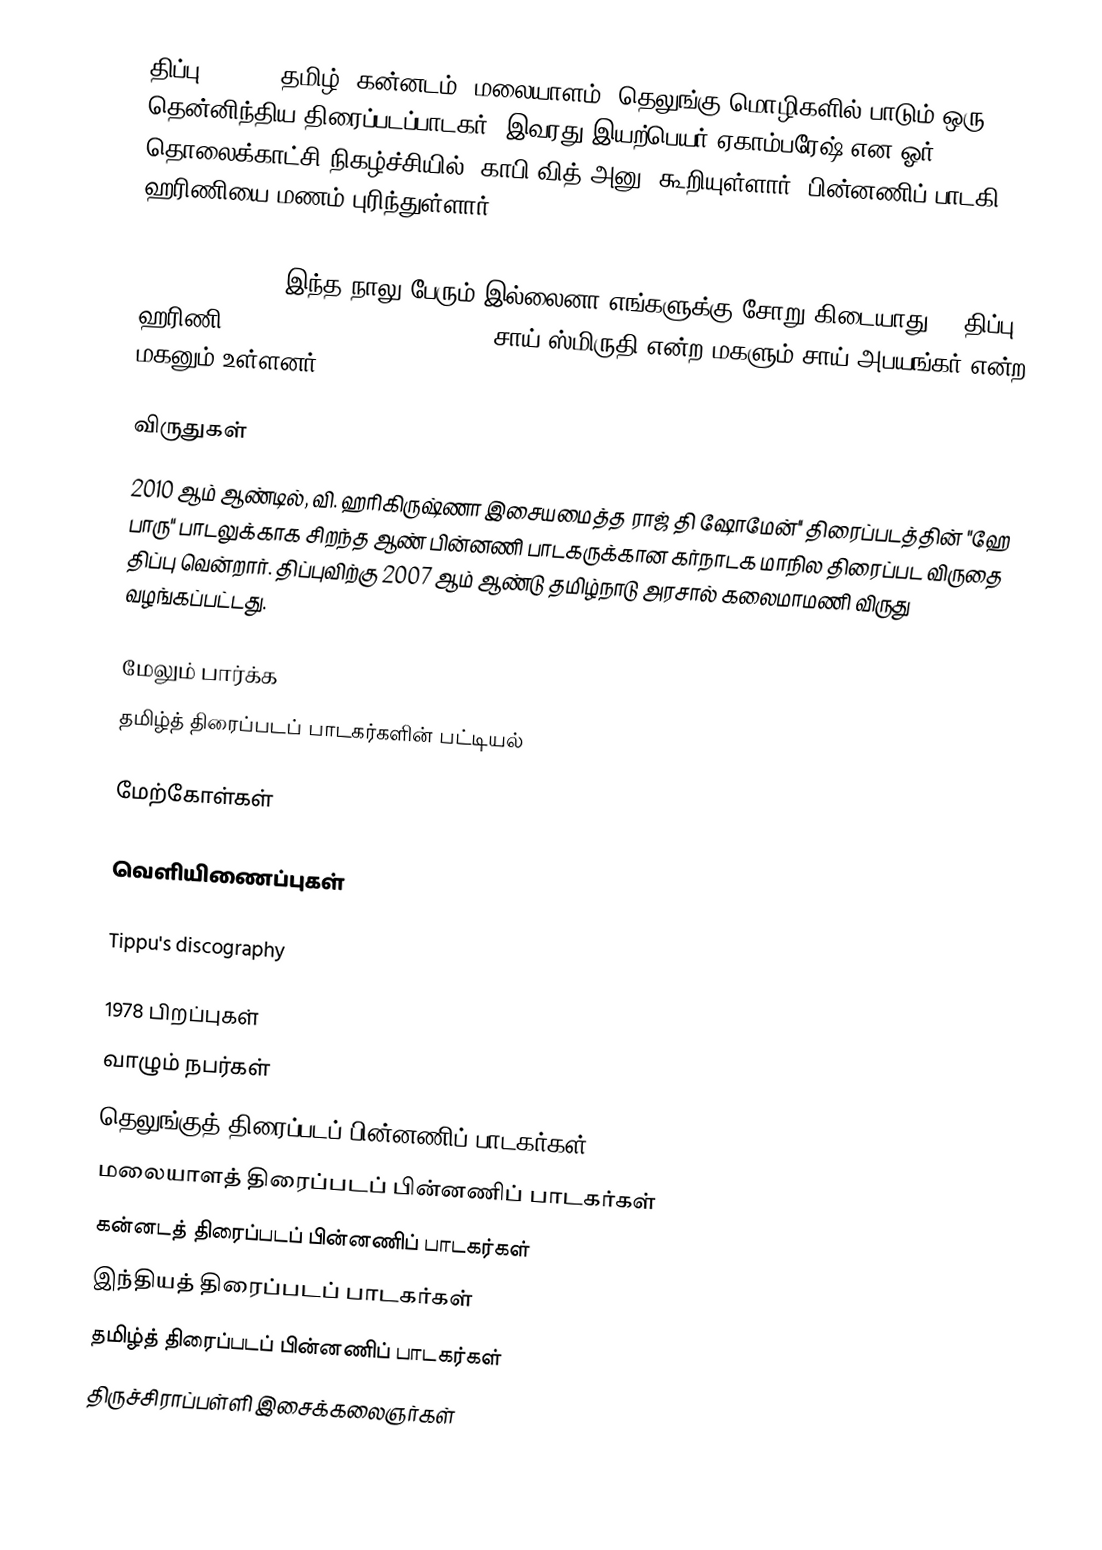
திப்பு (Tippu) தமிழ், கன்னடம், மலையாளம், தெலுங்கு மொழிகளில் பாடும் ஒரு தென்னிந்திய திரைப்படப்பாடகர். இவரது இயற்பெயர் ஏகாம்பரேஷ் என ஓர் தொலைக்காட்சி நிகழ்ச்சியில் (காபி வித் அனு) கூறியுள்ளார். பின்னணிப் பாடகி ஹரிணியை மணம் புரிந்துள்ளார்.<ref>{{cite web|url=https://cinema.vikatan.com/music/singers-tippu-and-harini-couple-exclusive-interview|work=Cinema Vikatan|access-date=2 July 2024|archive-url=https://web.archive.org/web/20230604180755/https://cinema.vikatan.com/music/singers-tippu-and-harini-couple-exclusive-interview#google_vignette|archive-date=4 June 2023|title=இந்த நாலு பேரும் இல்லைனா எங்களுக்கு சோறு கிடையாது! - திப்பு - ஹரிணி|date=17 January 2020}}</ref> சாய் ஸ்மிருதி என்ற மகளும் சாய் அபயங்கர் என்ற மகனும் உள்ளனர்.

 விருதுகள்
2010 ஆம் ஆண்டில், வி. ஹரிகிருஷ்ணா இசையமைத்த ராஜ் தி ஷோமேன்'' திரைப்படத்தின் "ஹே பாரு" பாடலுக்காக சிறந்த ஆண் பின்னணி பாடகருக்கான கர்நாடக மாநில திரைப்பட விருதை திப்பு வென்றார். திப்புவிற்கு 2007 ஆம் ஆண்டு தமிழ்நாடு அரசால் கலைமாமணி விருது வழங்கப்பட்டது.

மேலும் பார்க்க
தமிழ்த் திரைப்படப் பாடகர்களின் பட்டியல்

மேற்கோள்கள்

வெளியிணைப்புகள்

Tippu's discography

1978 பிறப்புகள்
வாழும் நபர்கள்
தெலுங்குத் திரைப்படப் பின்னணிப் பாடகர்கள்
மலையாளத் திரைப்படப் பின்னணிப் பாடகர்கள்
கன்னடத் திரைப்படப் பின்னணிப் பாடகர்கள்
இந்தியத் திரைப்படப் பாடகர்கள்
தமிழ்த் திரைப்படப் பின்னணிப் பாடகர்கள்
திருச்சிராப்பள்ளி இசைக்கலைஞர்கள்